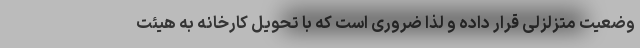
وضعیت متزلزلی قرار داده و لذا ضروری است که با تحویل کارخانه به هیئت